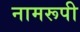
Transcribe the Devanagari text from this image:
नामरूपी